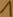
Text: 1